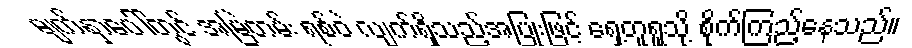
မျက်နှာပေါ်တွင် အမြဲတမ်း ရစ်ဝဲ လျက်ရှိသည့်အပြုံးဖြင့် ရှေ့တူရူသို့ စိုက်ကြည့်နေသည်။